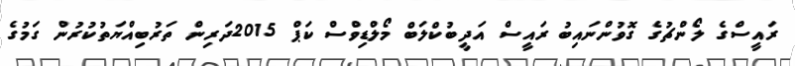
ރައީސްގެ ލޯންޗުގެ ގޮވުންނައިބު ރައީސް އަދީބުކްލަބް މޯލްޑިވްސް ކަޕް 2015ދަރިން ތަރުބިއްޔަތުކުރުން ގަމުގެ